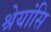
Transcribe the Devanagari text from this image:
श्रेयांसि